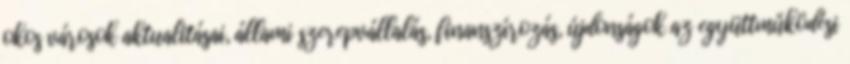
okos városok aktualitásai, állami szerepvállalás, finanszírozás, újdonságok az együttműködési